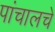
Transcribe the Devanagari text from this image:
पांचालचे